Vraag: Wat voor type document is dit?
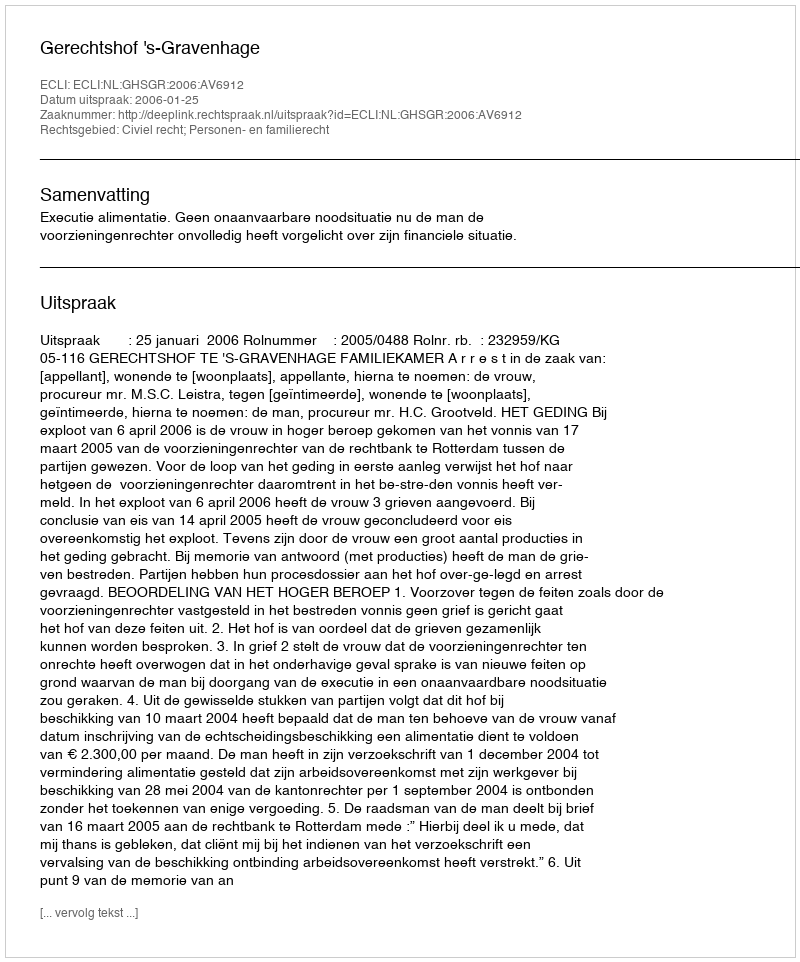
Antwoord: Uitspraak